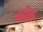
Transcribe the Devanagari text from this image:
कोङ